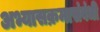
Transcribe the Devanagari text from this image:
अभ्यासक्रमासंबंधी